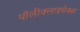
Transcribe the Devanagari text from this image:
पॉलीक्लाइमेक्स